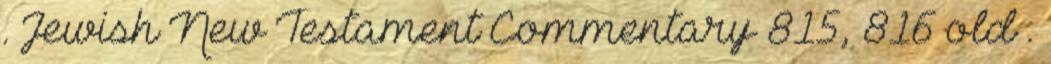
. Jewish New Testament Commentary 815, 816 old .